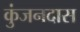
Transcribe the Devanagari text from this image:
कुंजनदास